Annual report on the Civil Veterinary Department, Burma (including the Insein Veterinary School) - 1923-1931
Year: 1923
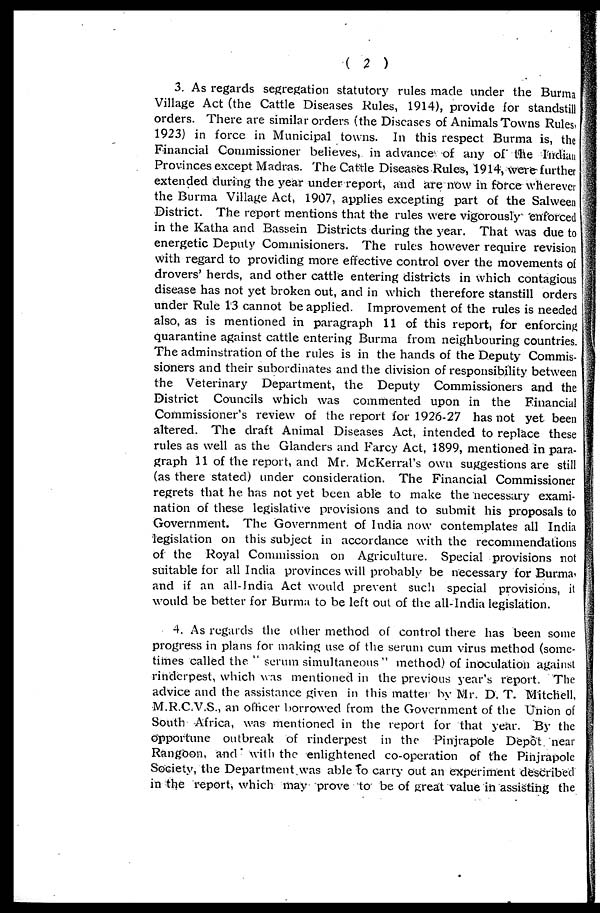
( 2 )
3. As regards segregation statutory rules made under the Burma
Village Act (the Cattle Diseases Rules, 1914), provide for standstill
orders. There are similar orders (the Diseases of Animals Towns Rules
1923) in force in Municipal towns. In this respect Burma is, the
Financial Commissioner believes, in advance of any of the Indian
Provinces except Madras. The Cattle Diseases Rules, 1914, were further
extended during the year under report, and are now in force wherever
the Burma Village Act, 1907, applies excepting part of the Salween
District. The report mentions that the rules were vigorously enforced
in the Katha and Bassein Districts during the year. That was due to
energetic Deputy Commisioners. The rules however require revision
with regard to providing more effective control over the movements of
drovers' herds, and other cattle entering districts in which contagious
disease has not yet broken out, and in which therefore stanstill orders
under Rule 13 cannot be applied. Improvement of the rules is needed
also, as is mentioned in paragraph 11 of this report, for enforcing
quarantine against cattle entering Burma from neighbouring countries.
The adminstration of the rules is in the hands of the Deputy Commis-
sioners and their subordinates and the division of responsibility between
the Veterinary Department, the Deputy Commissioners and the
District Councils which was commented upon in the Financial
Commissioner's review of the report for 1926-27 has not yet been
altered. The draft Animal Diseases Act, intended to replace these
rules as well as the Glanders and Farcy Act, 1899, mentioned in para-
graph 11 of the report, and Mr. McKerral's own suggestions are still
(as there stated) under consideration. The Financial Commissioner
regrets that he has not yet been able to make the necessary exami-
nation of these legislative provisions and to submit his proposals to
Government. The Government of India now contemplates all India
legislation on this subject in accordance with the recommendations
of the Royal Commission on Agriculture. Special provisions not
suitable for all India provinces will probably be necessary for Burma
and if an all-India Act would prevent such special provisions, it
would be better for Burma to be left out of the all-India legislation.
4. As regards the other method of control there has been some
progress in plans for making use of the serum cum virus method (some-
times called the " scrum simultaneous" method) of inoculation against
rinderpest, which was mentioned in the previous year's report. The
advice and the assistance given in this matter by Mr. D. T. Mitchell,
M.R.C.V.S., an officer borrowed from the Government of the Union of
South Africa, was mentioned in the report for that year By the
opportune outbreak of rinderpest in the Pinjrapole Depôt near
Rangoon, and with the enlightened co-operation of the Pinjrapole
Society, the Department was able to carry out an experiment described
in the report, which may prove to be of great value in assisting the